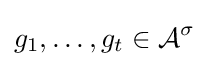
g_{1},\ldots ,g_{t}\in {\mathcal {A}}^{\sigma }